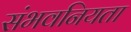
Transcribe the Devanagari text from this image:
संभवनियता